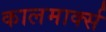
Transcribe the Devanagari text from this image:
कालमार्क्स